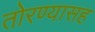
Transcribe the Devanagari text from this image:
तोरण्यासह